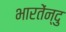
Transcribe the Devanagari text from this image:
भारतेंन्दु